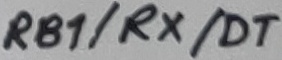
Text: RB1/RX/DT